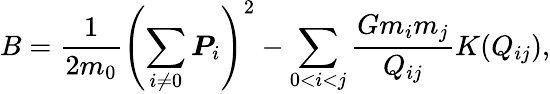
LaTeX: B=\frac{1}{2m_{0}}\left(\sum_{i\ne 0}\boldsymbol{P}_{i}\right)^{2}-\sum_{0<i<j}\frac{Gm_{i}m_{j}}{Q_{ij}}K(Q_{ij}),